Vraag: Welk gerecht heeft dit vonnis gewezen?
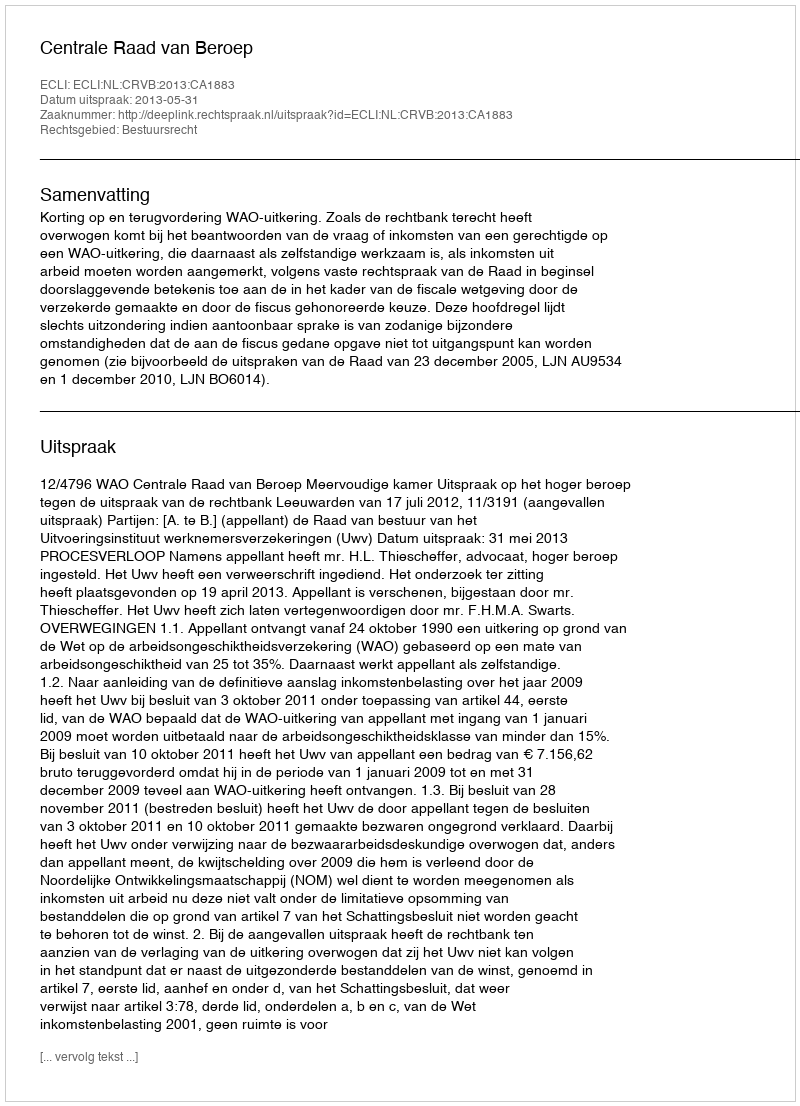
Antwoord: Centrale Raad van Beroep